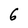
Character: 6